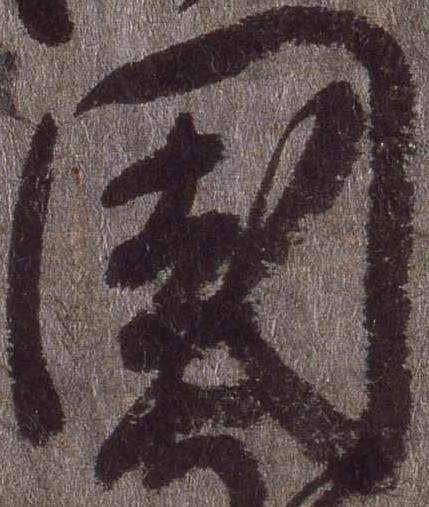
国